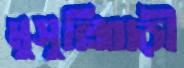
মুসুল্লিবাড়ী